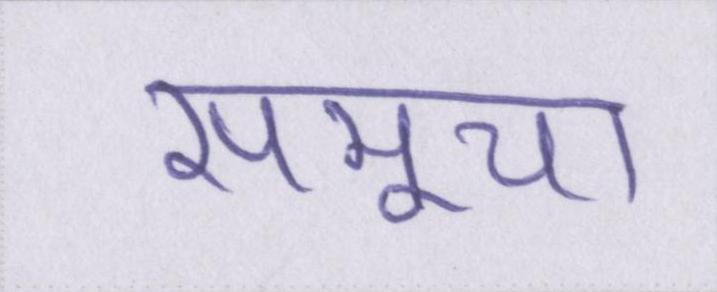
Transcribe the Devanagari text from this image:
समूचा